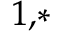
^ { 1 , * }